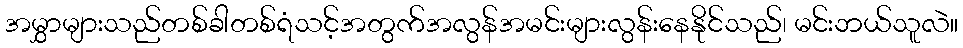
အမွှာများသည်တစ်ခါတစ်ရံသင့်အတွက်အလွန်အမင်းများလွန်းနေနိုင်သည်၊ မင်းဘယ်သူလဲ။